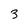
Character: 3